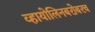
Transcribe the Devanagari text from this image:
व्हायोलिनबरोबरच